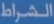
الشرطة